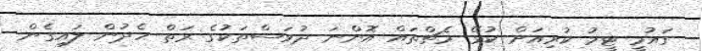
ގައުމީ ޓީމު ކުރިއަށް ކުޅޭ މެޗްތައް އޮންނަ ދުވަސްތަކުގެ ރަތް ހެދުން ލައިގެން